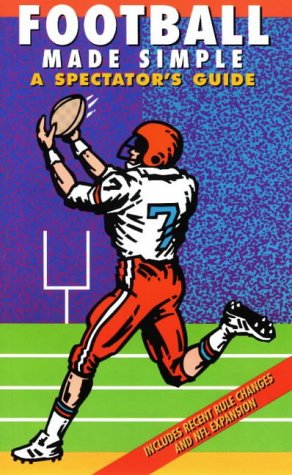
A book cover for Football Made Simple: A Spectator's Guide (Spectator Guide Series); Dave Ominsky; Sports & Outdoors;